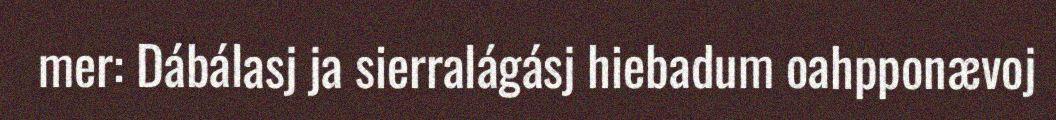
mer: Dábálasj ja sierralágásj hiebadum oahpponævoj